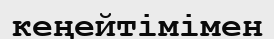
кеңейтімімен